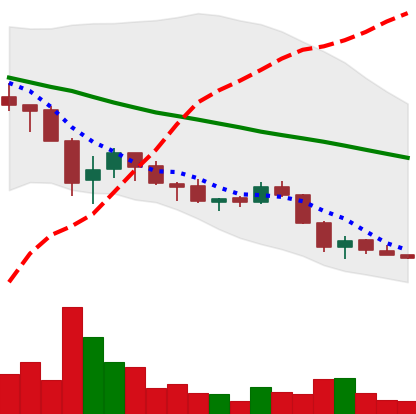
Ticker: ADA-USD
Chart end date: 2018-05-27
Forward return: 14.957%
Label: up_7plus